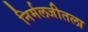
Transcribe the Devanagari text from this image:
निर्मलजीतला